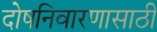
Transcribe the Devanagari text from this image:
दोषनिवारणासाठी